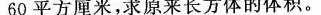
60平方厘米，求原来长方体的体积。